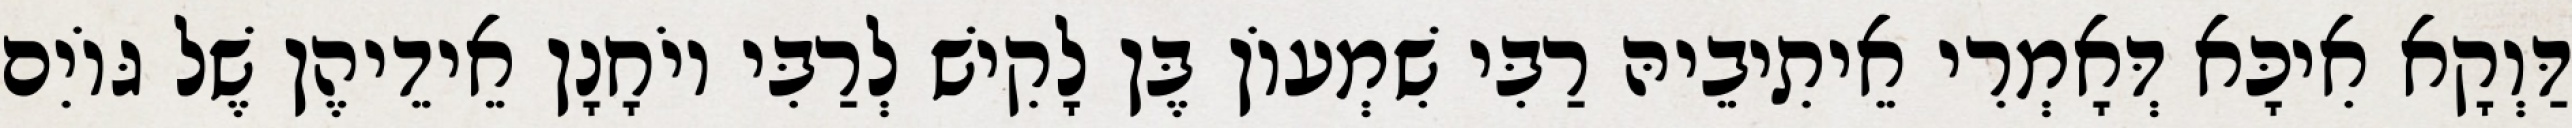
דַּוְקָא אִיכָּא דְּאָמְרִי אֵיתִיבֵיהּ רַבִּי שִׁמְעוֹן בֶּן לָקִישׁ לְרַבִּי יוֹחָנָן אֵידֵיהֶן שֶׁל גּוֹיִם